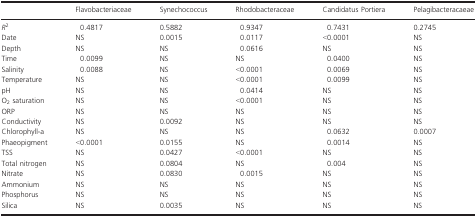
<table><thead><tr><td></td><td><b>Flavobacteriaceae</b></td><td><b>Synechococcus</b></td><td><b>Rhodobacteraceae</b></td><td><b>Candidatus Portiera</b></td><td><b>Pelagibacteracaeae</b></td></tr></thead><tbody><tr><td><i>R</i><sup>2</sup></td><td>0.4817</td><td>0.5882</td><td>0.9347</td><td>0.7431</td><td>0.2745</td></tr><tr><td>Date</td><td>NS</td><td>0.0015</td><td>0.0117</td><td>&lt;0.0001</td><td>NS</td></tr><tr><td>Depth</td><td>NS</td><td>NS</td><td>0.0616</td><td>NS</td><td>NS</td></tr><tr><td>Time</td><td>0.0099</td><td>NS</td><td>NS</td><td>0.0400</td><td>NS</td></tr><tr><td>Salinity</td><td>0.0088</td><td>NS</td><td>&lt;0.0001</td><td>0.0069</td><td>NS</td></tr><tr><td>Temperature</td><td>NS</td><td>NS</td><td>&lt;0.0001</td><td>0.0099</td><td>NS</td></tr><tr><td>pH</td><td>NS</td><td>NS</td><td>0.0414</td><td>NS</td><td>NS</td></tr><tr><td>O<sub>2</sub> saturation</td><td>NS</td><td>NS</td><td>&lt;0.0001</td><td>NS</td><td>NS</td></tr><tr><td>ORP</td><td>NS</td><td>NS</td><td>NS</td><td>NS</td><td>NS</td></tr><tr><td>Conductivity</td><td>NS</td><td>0.0092</td><td>NS</td><td>NS</td><td>NS</td></tr><tr><td>Chlorophyll-a</td><td>NS</td><td>NS</td><td>NS</td><td>0.0632</td><td>0.0007</td></tr><tr><td>Phaeopigment</td><td>&lt;0.0001</td><td>0.0155</td><td>NS</td><td>0.0014</td><td>NS</td></tr><tr><td>TSS</td><td>NS</td><td>0.0427</td><td>&lt;0.0001</td><td>NS</td><td>NS</td></tr><tr><td>Total nitrogen</td><td>NS</td><td>0.0804</td><td>NS</td><td>0.004</td><td>NS</td></tr><tr><td>Nitrate</td><td>NS</td><td>0.0830</td><td>0.0015</td><td>NS</td><td>NS</td></tr><tr><td>Ammonium</td><td>NS</td><td>NS</td><td>NS</td><td>NS</td><td>NS</td></tr><tr><td>Phosphorus</td><td>NS</td><td>NS</td><td>NS</td><td>NS</td><td>NS</td></tr><tr><td>Silica</td><td>NS</td><td>0.0035</td><td>NS</td><td>NS</td><td>NS</td></tr></tbody></table>